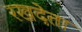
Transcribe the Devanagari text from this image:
रखदेता